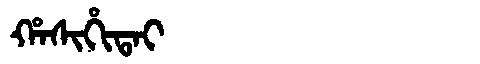
Manchu: ᡥᠠᠰᡳᡥᡳᡨᠠᡳ
Romanization: HASIHITAI